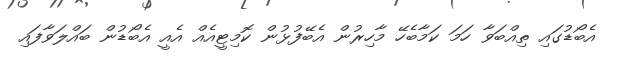
އެބޯޑުގައި ތިއްބަވާ ހަމަ ކަމާބެހޭ މާހިރުން އެބޭފުޅުން ކޮމިޓީއެއް އެއީ އެބޯޑުން ބައްލަވާފައި